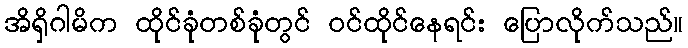
အိရှိဂါမိက ထိုင်ခုံတစ်ခုံတွင် ဝင်ထိုင်နေရင်း ပြောလိုက်သည်။